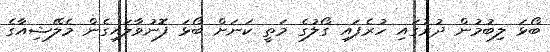
ބޯޅަ ލިބުމުން ދުރުގައި ހުރެފައި ގޯލުގެ މަތީ ކަނަށް ބޯޅަ ފޮނުވާލައިގެން މެލޭޝިއާގެ